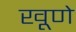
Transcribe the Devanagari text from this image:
खूणे